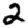
Digit: 2